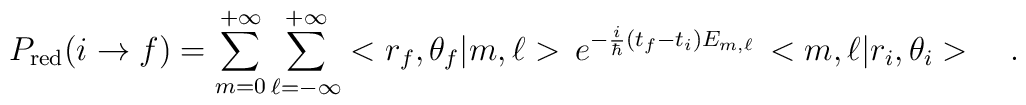
P_{\rm red}(i\rightarrow f)=\sum_{m=0}^{+\infty}\sum_{\ell=-\infty}^{+\infty}<r_f,\theta_f|m,\ell>\,e^{-\frac{i}{\hbar}(t_f-t_i)E_{m,\ell}}\,<m,\ell|r_i,\theta_i>\ \ \ .